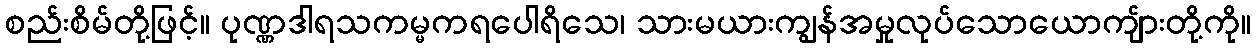
စည်းစိမ်တို့ဖြင့်။ ပုဏ္ဏဒါရသကမ္မကရပေါရိသေ၊ သားမယားကျွန်အမှုလုပ်သောယောကျ်ားတို့ကို။